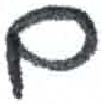
אות: ם